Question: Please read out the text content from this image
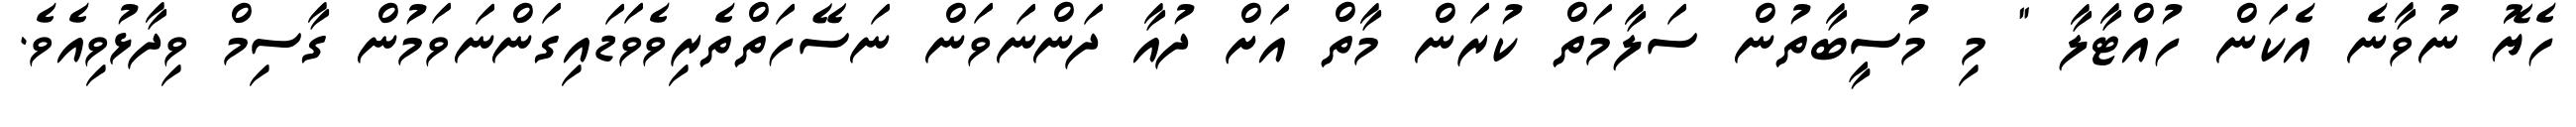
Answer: ހެޔޮ ނުވާނެ އެކަން ހުއްޓާލާ " މި މުސީބާތުން ސަލާމަތް ކުރަން މާތް އަށް ދުއާ ދަންނަވަން ނަސޭހަތްތެރިވެވަޑައިގަންނަވަމުން ގާސިމް ވިދާޅުވިއެވެ.